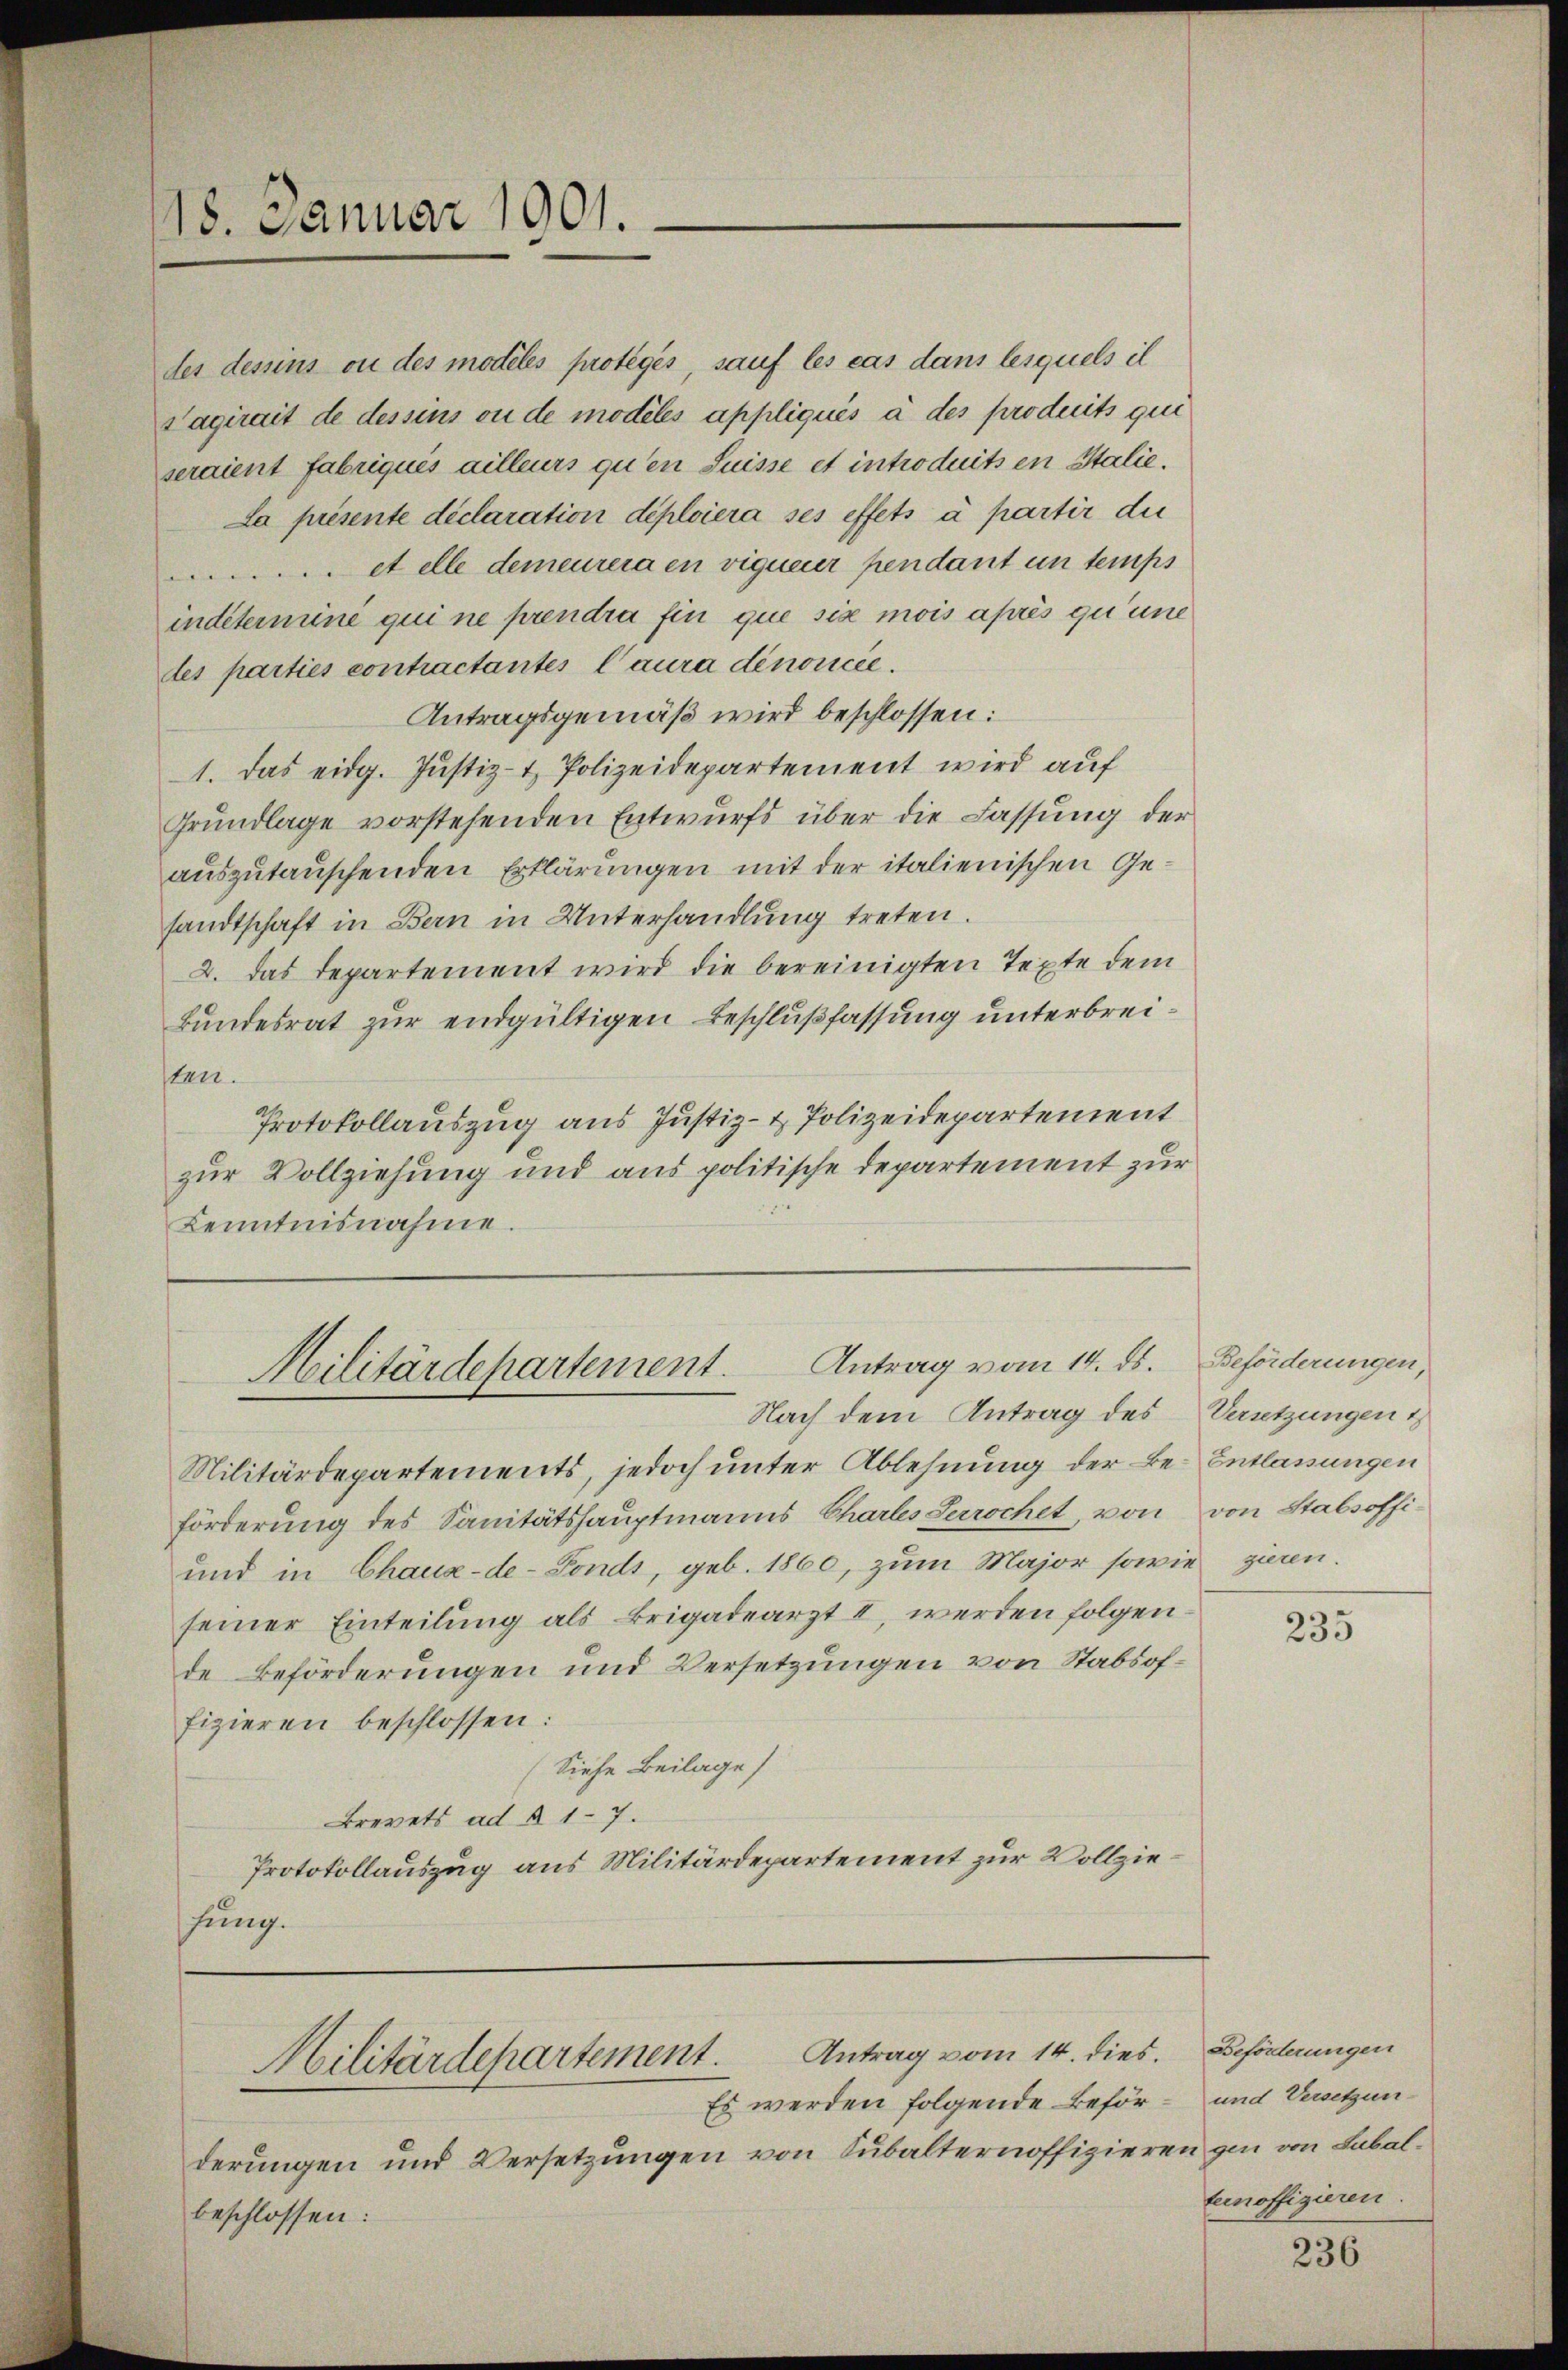
18. Januar 1901.

des dessins ou des modeles proteges, sauf les cas dans lesquels il
Tagirait de dessins ou de modeles appliqués à des produits que
seraient fabriques ailleurs qu’en Suisse et introduits en Stalie
La présente déclaration déploiera ses effets à partir die
et elle demeurera en vigueur pendant un temps
indeterminé qui ne prendra fin que six mois après qu’une
tes parties contractantes Caura dénoncée.
Antragsgemäß wird beschlossen:
1. Das eidg. Justiz- & Polizeidepartement wird auf
Grundlage vorstehenden Entwurfs über die Fassung der
auszutauschenden Erklärungen mit der italienischen Gesandtschaft in Bern in Unterhandlung treten.
2. das Departement wird die bereinigten Texte dem
Bundesrat zur endgültigen Beschlußfassung unterbreisten.
Protokollauszug aus Justiz- & Polizeidepartement
zur Vollziehung und aus politische Departement zur
Kenntnisnahme.

Hilitärdepartement. Antrag vom 14. ds. Beförderungen,
Nach dem Antrag des Versetzungen i

Militärdepartements, jedoch unter Ablehnung der Be- Entlassungen
förderung des Sanitätshauptmanns Chartes Serochet, von von Stabsoffi¬
und in Chaux-de-Fonds, geb. 1860, zum Major sowie zieren.
seiner Einteilung als Brigadearzt II, werden folgende Beförderungen und Versetzungen von Stabsoffizieren beschlossen:
(Siehe Beilage
Brevets ad § 17.
Protokollauszug aus Militärdepartement zur Vollziehung.

Hilitärdepartement. Antrag vom 14. dies.

Es werden folgende Beförderungen und Versetzungen von Subalternoffiziere
beschlossen:

235

Beförderungen
und Versetzunan gen von Subalternoffizieren.

236